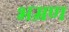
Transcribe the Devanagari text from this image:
भम्रण